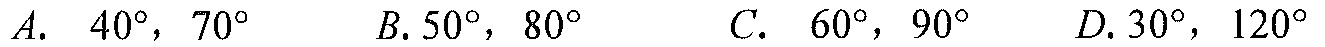
\(A.\ \ 40^{\circ},\ 70^{\circ}\ \ \ \ B.50^{\circ},\ 80^{\circ}\ \ \ \ C.\ \ 60^{\circ},\ 90^{\circ}\ \ \ \ D.30^{\circ},\ 120^{\circ}\)